Medical and sanitary report of the native army of Bengal for the year
Year: 1878
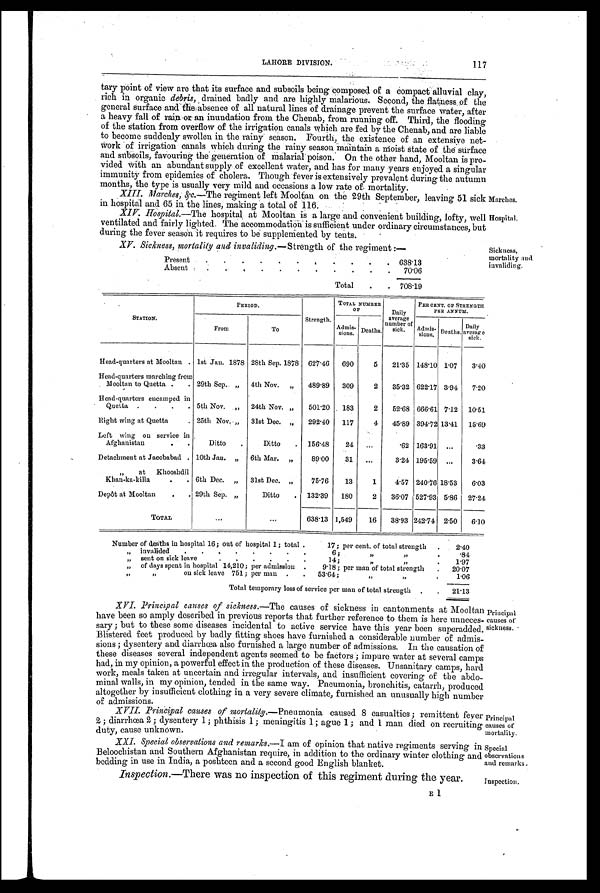
Marches.
Hospital.
XV. Sickness, mortality and invaliding.— Strength of the regiment:—
Present
.
. .
.
. ,
. . . . 638.13
Absent
.
,
.
.
. .
.
.
.
. 70.06
Total
.
. 708.19
Sickness,
mortality and
invaliding.
Principal
causes of
mortality.
Special
observations
and remarks.
Inspection.
LAHORE DIVISION. 117
tary point of view are that its surface and subsoils being composed of a compact alluvial clay,
rich in organic debris, drained badly and are highly malarious. Second, the flatness of the
general surface and the,absence of all natural lines of drainage prevent the surface water, after
a heavy fall of rain or an inundation from the Chenab, from running off. Third, the flooding
of the station from overflow of the irrigation canals which are fed by the Chenab, and are liable
to become suddenly swollen in the rainy season. Fourth, the existence of an extensive net
-Work of irrigation canals which during the rainy season maintain a moist state of the surface
and subsoils, favouring the generation of malarial poison. On the other hand, Mooltan is pro
- v i d e d w i t h a n a b u n d a n t s u p p l y o f e x c e l l e n t w a t e r , a n d h a s f o r m a n y y e a r s e n j o y e d a s i n g u l a r
immunity from epidemics of cholera. Though fever is extensively prevalent during the autumn
months, the type is usually very mild and occasions a low rate of mortality.
X I I I M a r c h e s , & c . —T h e r e g i m e n t l e f t M o o l t a n o n t h e 2 9 t h S e p t e m b e r , l e a v i n g 5 1 s i c k
in hospital and 65 in the lines, making a total of 116.
XIV. Hospital.—T h e h o s p i t a l a t M o o l t a n i s a l a r g e a n d c o n v e n i e n t b u i l d i n g , l o f t y , w e l l
ventilated and fairly lighted. The accommodation is sufficient under ordinary circumstances, but
during the fever season it requires to be supplemented by tents.
STATION.
PERIOD.
Strength.
TOTAL NUMBER
OF
Daily
average
number of
sick.
PER CENT. OF STRENGTH
PER ANNUM.
From
To
Admis-
sions. Deaths.
Admis-
sions. Deaths.
Daily
average sick.
Head-quarters at Mooltan . 1st Jan. 1878 28th Sep. 1878 627.46 690
5 21.35 148.10 1.07 3.40
Head-quarters marching from
Mooltan to Quetta . . 29th Sep.. „ 4th Nov. „ 489.89 309
2 35.32 622.17 3.94 7.20
Head-quarters encamped in
Quetta . . . . 5th Nov. . „ 24th Nov. „ 501.20 183
2 52.68 666.61 7.12 10.51
Right wing at Quetta
. 25th Nov. „ 31st Dec. „ 292.40 117
4 45.89 394.72 13.41 15.69
Left wing on service in
Afghanistan
. .
Ditto .
Ditto . 156.48 24 ...
.62 163.91 ...
.33
Detachment at Jacobabad . 10th Jan. „ 6th Mar. „
89.00 31 . . .
3.24 195.59 ...
3.64
„ at Khooshdil
Khan-ka-killa
. . 6th Dec. „ 31st Dec. „
75.76
13
1
4.57 240.76 18.53 6.03
Depôt at Mooltan
. . 29th Sep. „
Ditto . 132.39 180
2 36.07 527.93 5.86 27.24
TOTAL
...
. . .
638.13 1,549
16 38.93 242.74 2.50 6.10
Number of deaths in hospital 16; out of hospital 1; total .
17; per cent. of total strength .
2.40
„ invalided . .
. . . . . .
6;
„ „
.
84
„ sent on sick leave
14;
„ „
.
1.97
„ of days spent in hospital 14,210; per admission .
9.18 ; per man of total strength . 20.07
„ „
on sick leave 751; per man . . 53.64;
„ „
.
1.06
Total temporary loss of service per man of total strength . .
21.13
XVI. Principal causes of sickness.— The causes of sickness in cantonments at Mooltan
have been so amply described in previous reports that further reference to them is here unneces
- s a r y ; b u t t o t h e s e s o m e d i s e a s e s i n c i d e n t a l t o a c t i v e s e r v i c e h a v e t h i s y e a r b e e n s u p e r a d d e d .
Blistered feet produced by badly fitting shoes have furnished a considerable number of admis
- s i o n s ; d y s e n t e r y a n d d i a r r h o e a a l s o f u r n i s h e d a l a r g e n u m b e r o f a d m i s s i o n s . I n t h e c a u s a t i o n o f
these diseases several independent agents seemed to be factors .; impure water at several camps
had, in my opinion, a powerful effect in the production of these diseases. Unsanitary. camps, hard
work, meals taken at uncertain and irregular intervals, and insufficient covering of the abdo
-minal walls, in my opinion, tended in the same way. Pneumonia, bronchitis, catarrh, produced
altogether by insufficient clothing in a very severe climate, furnished an unusually high number
of admissions.
XVII. Principal causes of mortality.— Pneumonia caused 8 casualties; remittent fever
2 ; diarrhœa 2 ; dysentery 1 ; phthisis 1; meningitis 1; ague 1; and 1 man died on recruiting
duty, cause unknown.
XXI. Special observations and remarks.— I am of opinion that native regiments serving in
Beloochistan and Southern Afghanistan require, in addition to the ordinary winter clothing and
bedding in use in India, a posbteen and a second good English blanket.
Inspection.—There was no inspection of this regiment during the year.
Principal
causes of
sickness.
E1